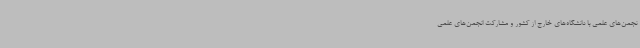
نجمن‌های علمی با دانشگاه‌های خارج از کشور و مشارکت انجمن‌های علمی